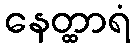
နေတ္ထာရံ